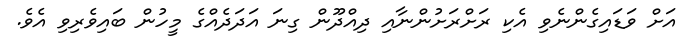
އަށް ވަޑައިގެންނެވި އެކި ރަށްރަށުންނާއި ދިއްދޫން ގިނަ އަދަދެއްގެ މީހުން ބައިވެރިވި އެވެ.